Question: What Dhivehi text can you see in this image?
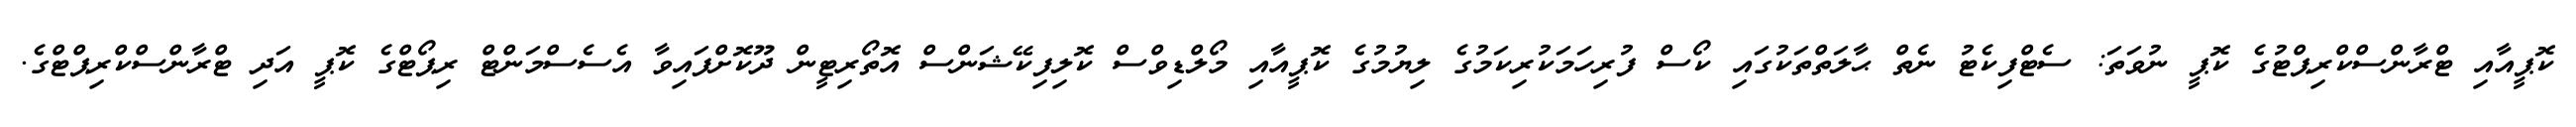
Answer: ކޮޕީއާއި ޓްރާންސްކްރިޕްޓުގެ ކޮޕީ ނުވަތަ: ސެޓްފިކެޓު ނެތް ޙާލަތްތަކުގައި ކޯސް ފުރިހަމަކުރިކަމުގެ ލިޔުމުގެ ކޮޕީއާއި މޯލްޑިވްސް ކޮލިފިކޭޝަންސް އޮތޯރިޓީން ދޫކޮށްފައިވާ އެސެސްމަންޓް ރިޕޯޓްގެ ކޮޕީ އަދި ޓްރާންސްކްރިޕްޓްގެ.